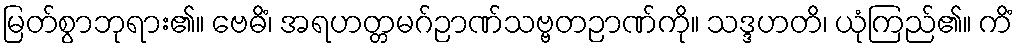
မြတ်စွာဘုရား၏။ ဗေဓိံ၊ အရဟတ္တမဂ်ဉာဏ်သဗ္ဗတဉာဏ်ကို။ သဒ္ဒဟတိ၊ ယုံကြည်၏။ ကိံ